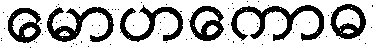
မောဟကောဓ